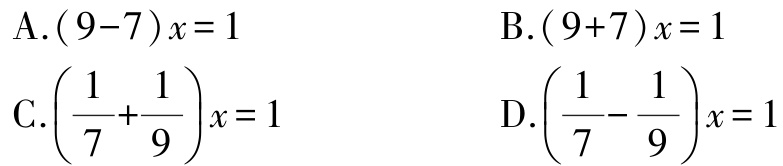
A.$(9 - 7)x = 1$

B.$(9 + 7)x = 1$

C.$\left(\frac{1}{7}+\frac{1}{9}\right)x = 1$

D.$\left(\frac{1}{7}-\frac{1}{9}\right)x = 1$